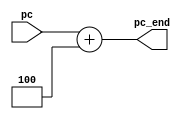
module Add_pc(input [31:0] pc,output reg [31:0] pc_end);

always@(pc)
begin 
pc_end = pc + 4;
end

endmodule